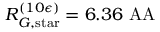
R _ { G , \mathrm { s t a r } } ^ { ( 1 0 \epsilon ) } = 6 . 3 6 \mathrm { \ A A }